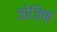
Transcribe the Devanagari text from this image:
जोज़िफ़